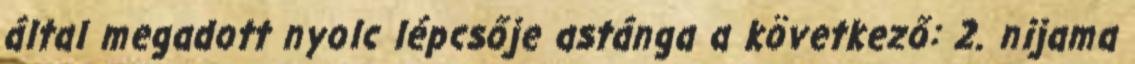
által megadott nyolc lépcsője astánga a következő: 2. nijama